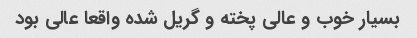
بسیار خوب و عالی پخته و گریل شده واقعا عالی بود